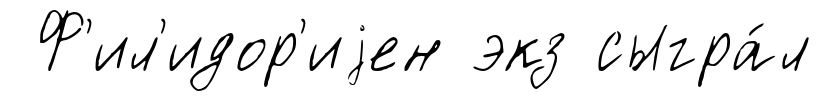
Ф'ил'идор'иjен экз сыгра́л